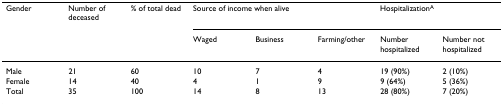
| Gender | Number of deceased | % of total dead | <COLSPAN=3> Source of income when alive | <COLSPAN=2> HospitalizationA |
 |  |  |  | Waged | Business | Farming/other | Number hospitalized | Number not hospitalized |
 | --- | --- | --- | --- | --- | --- | --- | --- |
 | Male | 21 | 60 | 10 | 7 | 4 | 19 (90%) | 2 (10%) |
 | Female | 14 | 40 | 4 | 1 | 9 | 9 (64%) | 5 (36%) |
 | Total | 35 | 100 | 14 | 8 | 13 | 28 (80%) | 7 (20%) |